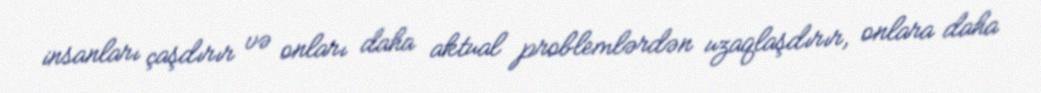
insanları çaşdırır və onları daha aktual problemlərdən uzaqlaşdırır, onlara daha